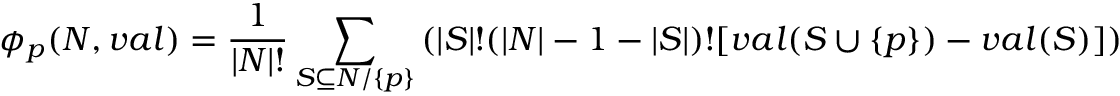
\phi _ { p } ( N , v a l ) = \frac { 1 } { | N | ! } \sum _ { S \subseteq N / \{ p \} } \left( | S | ! ( | N | - 1 - | S | ) ! [ v a l ( S \cup \{ p \} ) - v a l ( S ) ] \right)